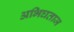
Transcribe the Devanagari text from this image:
अभिघताज